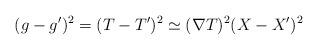
LaTeX: \begin{align*}(g-g')^2=(T-T')^2 \simeq (\nabla T)^2 (X-X')^2\end{align*}